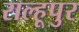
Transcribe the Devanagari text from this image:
राल्हूपुर